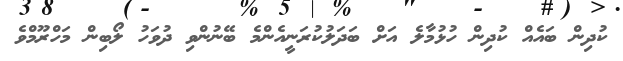
ކުދިން ބައެއް ކުދިން ހުޅުމާލެ އަށް ބަދަލުކުރަނީއެންމެ ބޭނުންވި ދުވަހު ލޯބިން މަހްރޫމްވެ